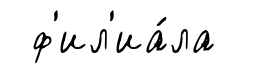
ф'ил'иа́ла